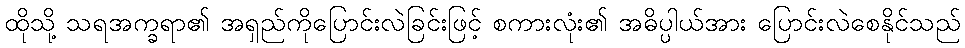
ထိုသို့ သရအက္ခရာ၏ အရှည်ကိုပြောင်းလဲခြင်းဖြင့် စကားလုံး၏ အဓိပ္ပါယ်အား ပြောင်းလဲစေနိုင်သည်